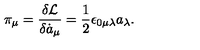
\pi _ { \mu } = \frac { \delta { \cal L } } { \delta \dot { a } _ { \mu } } = \frac { 1 } { 2 } \epsilon _ { 0 \mu \lambda } a _ { \lambda } .